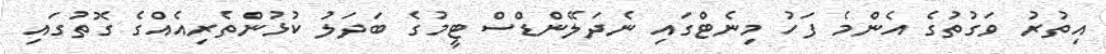
އިތުރު ވަގުތުގެ އެންމެ ފަހު މިނެޓްގައި ނެދަލޭންޑްސް ޓީމުގެ ބަދަލު ކުޅުންތެރިއެއްގެ ގޮތުގައި